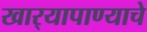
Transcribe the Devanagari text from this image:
खार्‍यापाण्याचे